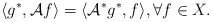
\begin{align*}\langle g^*, \mathcal Af\rangle = \langle \mathcal A^*g^*, f\rangle, \forall f\in X.\end{align*}